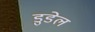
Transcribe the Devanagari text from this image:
डुडेल